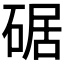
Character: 𪿩